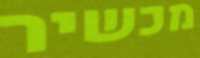
מכשיר